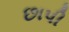
છાપી